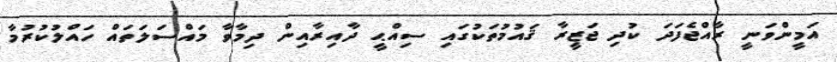
އަމީންވަނީ ރާއްޖެފަދަ ކުދި ޖަޒީރާ ޤައުމުތަކުގައި ސިއްޙީ ދާއިރާއިން ދިމާވާ މައްސަލަތައް ހައްލުކުރުމާ